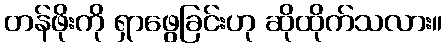
တန်ဖိုးကို ရှာဖွေခြင်းဟု ဆိုထိုက်သလား။